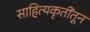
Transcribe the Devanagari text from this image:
साहित्यकृतींतून